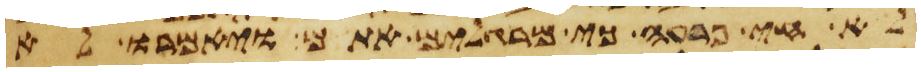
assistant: לא חי פרעה כי מרגלים אתם ויאמרו